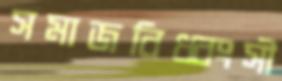
সমাজবিধ্বংসী